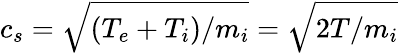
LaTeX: c_{s}=\sqrt{(T_{e}+T_{i})/m_{i}}=\sqrt{2T/m_{i}}